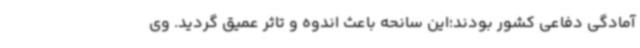
آمادگی دفاعی کشور بودند؛این سانحه باعث اندوه و تاثر عمیق گردید. وی